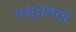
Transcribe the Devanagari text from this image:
पशुधनाचे